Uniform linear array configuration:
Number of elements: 12
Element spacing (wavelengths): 1
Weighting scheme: cosine
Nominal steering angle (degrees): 0
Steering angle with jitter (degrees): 0.6786
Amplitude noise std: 0.05
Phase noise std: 0.05

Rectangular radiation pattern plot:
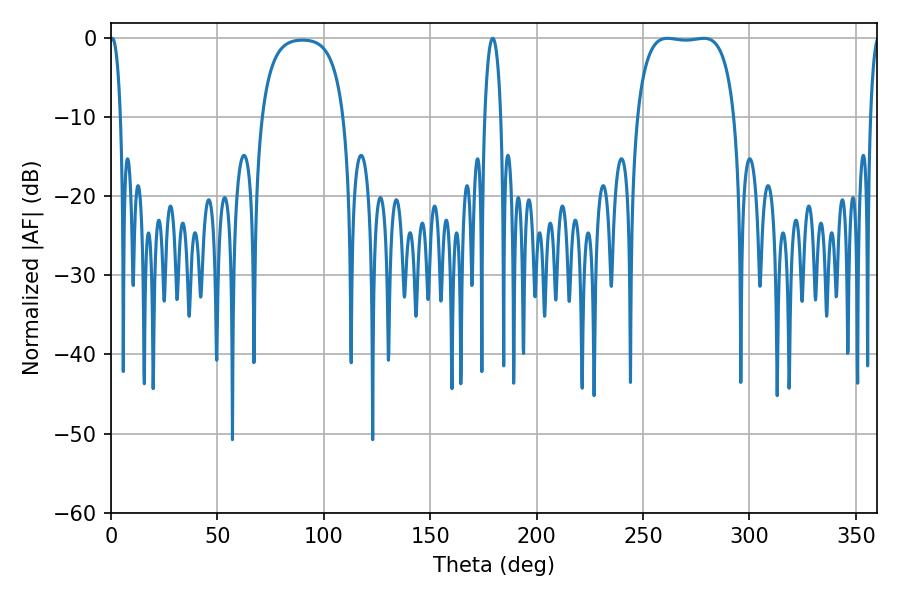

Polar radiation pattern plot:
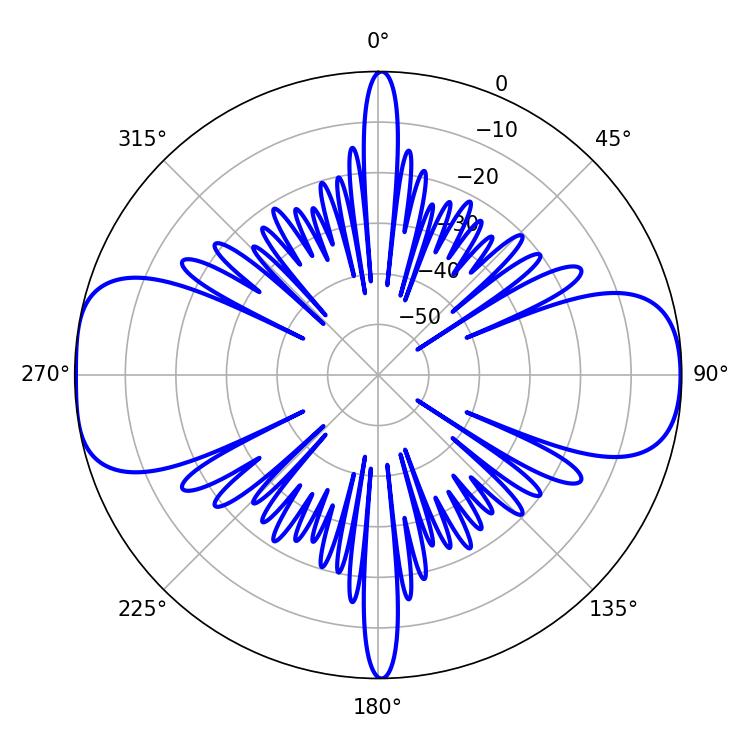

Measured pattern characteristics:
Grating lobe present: TRUE
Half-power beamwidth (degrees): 36.36
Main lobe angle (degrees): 261.54